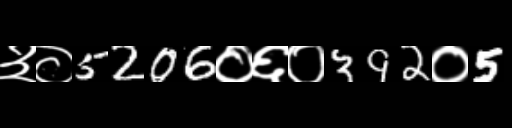
Text: ३०5206०६०392०5